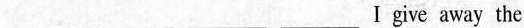
___ ___ ___ ___Ⅰgive away the